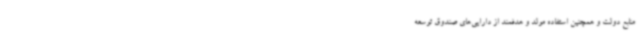
منابع دولت و همچنین استفاده مولد و هدفمند از دارایی‌های صندوق توسعه